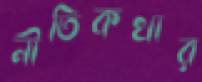
নীতিকথার